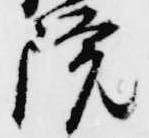
院